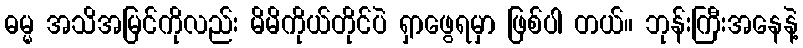
ဓမ္မ အသိအမြင်ကိုလည်း မိမိကိုယ်တိုင်ပဲ ရှာဖွေရမှာ ဖြစ်ပါ တယ်။ ဘုန်းကြီးအနေနဲ့